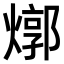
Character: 𤍪